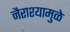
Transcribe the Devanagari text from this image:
नैराश्यामुळे